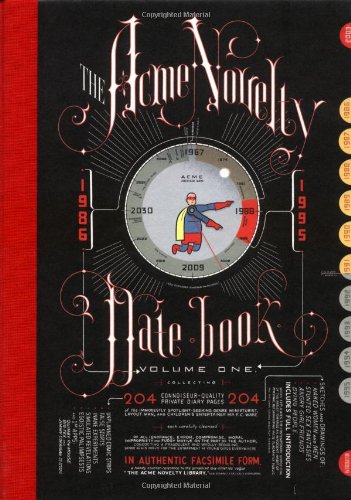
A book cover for The Acme Novelty Date Book: Sketches and Diary Pages in Facsimile; Chris Ware; Comics & Graphic Novels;